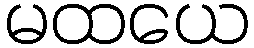
မထယေ